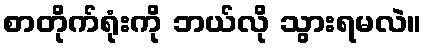
စာတိုက်ရုံးကို ဘယ်လို သွားရမလဲ။